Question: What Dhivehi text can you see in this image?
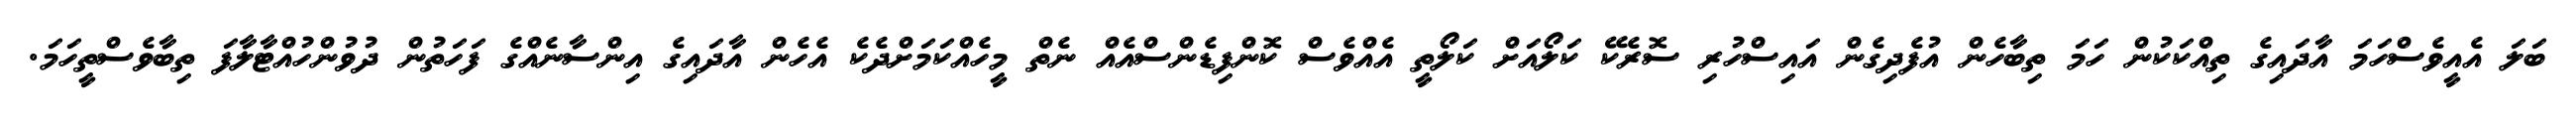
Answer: ބަލަ އެއީވެސްހަމަ އާދައިގެ ތިއްކަކުން ހަމަ ތިބާހެން އުފެދިގެން އައިސްހުރި ސޮރެކޭ ކަލޯއަށް ކަލޯތީ އެއްވެސް ކޮންފިޑެންސްއެއް ނެތް މީހެއްކަމަށްދެކެ އެހެން އާދައިގެ އިންސާނެއްގެ ފަހަތުން ދުވުންހުއްޓާލާފަ ތިބާވެސްތީހަމަ.